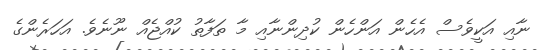
ނާއި އަކީވެސް އެހެން އަންހެން ކުދިންނާއި މާ ތަފާތު ކުއްޖެއް ނޫނެވެ. އަހަރެންގެ